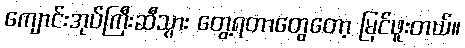
ကျောင်းအုပ်ကြီးဆီသွား တွေ့ရတာတွေတော့ မြင်ဖူးတယ်။